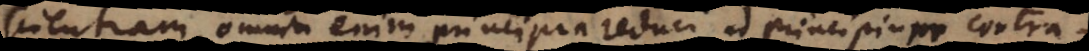
scientiam, omnia enim principia reduci ad principium contr